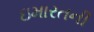
ઇમારતની